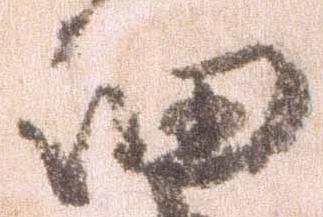
細